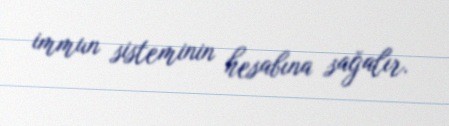
immun sisteminin hesabına sağalır.